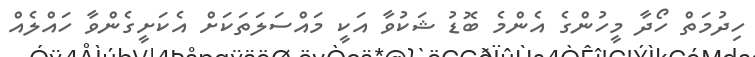
ހިދުމަތް ހޯދާ މީހުންގެ އެންމެ ބޮޑު ޝަކުވާ އަކީ މައްސަލަތަކަށް އެކަށީގެންވާ ހައްލެއް